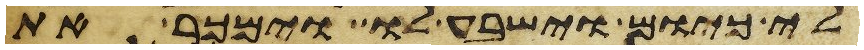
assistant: לי כיום וישבע לו וימכר את